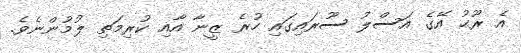
އެ ރޫޙު އޭގެ އަސްލު ސޫރައިގައި ހުރެ ޒީނާ އާއި ކުރިމަތި ލުމުންނެވެ.